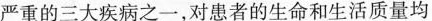
严重的三大疾病之一，对患者的生命和生活质量均